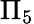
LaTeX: \Pi_{5}